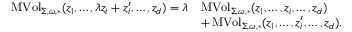
\begin{array} { r l } { \operatorname { M V o l } _ { \Sigma , \omega , * } ( z _ { 1 } , \dots , \lambda z _ { i } + z _ { i } ^ { \prime } , \dots , z _ { d } ) = \lambda } & { \operatorname { M V o l } _ { \Sigma , \omega , * } ( z _ { 1 } , \dots , z _ { i } , \dots , z _ { d } ) } \\ & { + \operatorname { M V o l } _ { \Sigma , \omega , * } ( z _ { 1 } , \dots , z _ { i } ^ { \prime } , \dots , z _ { d } ) . } \end{array}